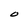
Character: O